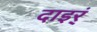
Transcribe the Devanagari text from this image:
दाइर्ं